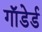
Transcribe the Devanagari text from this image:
गाॅडेर्ड